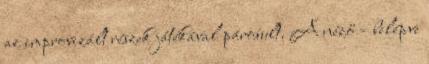
az improvizált részek játékával párosult. A néző – belépve